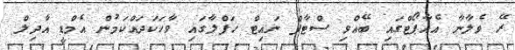
ރޭ ވެލާނާ އެއާޕޯޓްގައި ބޭއްވި ސްޓާފް ނައިޓް ހަފްލާގައި ވާހަކަދައްކަމުން އެމްޑީ އާދިލް